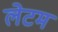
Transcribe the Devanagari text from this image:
लेटम